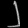
Digit: ၂